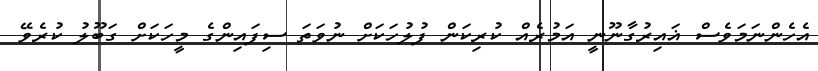
އެހެންނަމަވެސް ޣައިރުގާނޫނީ އަމުރެއް ކުރިކަން ފުލުހަކަށް ނުވަތަ ސިފައިންގެ މީހަކަށް ގަބޫލު ކުރެވޭ